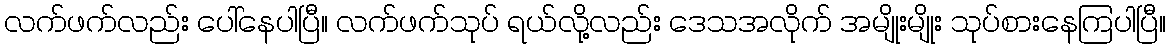
လက်ဖက်လည်း ပေါ်နေပါပြီ။ လက်ဖက်သုပ် ရယ်လို့လည်း ဒေသအလိုက် အမျိုးမျိုး သုပ်စားနေကြပါပြီ။